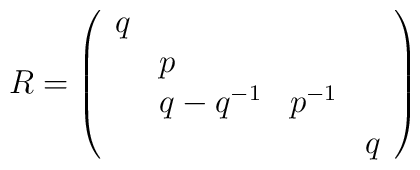
R = \left( \begin{array}{llll} q &&& \\ & p && \\ & {q-q^{-1}} & { p^{-1}}&\\ &&& {q} \end{array} \right)